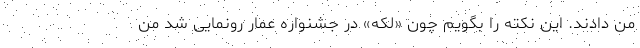
من دادند. این نکته را بگویم چون «لکه» در جشنواره عمار رونمایی شد من